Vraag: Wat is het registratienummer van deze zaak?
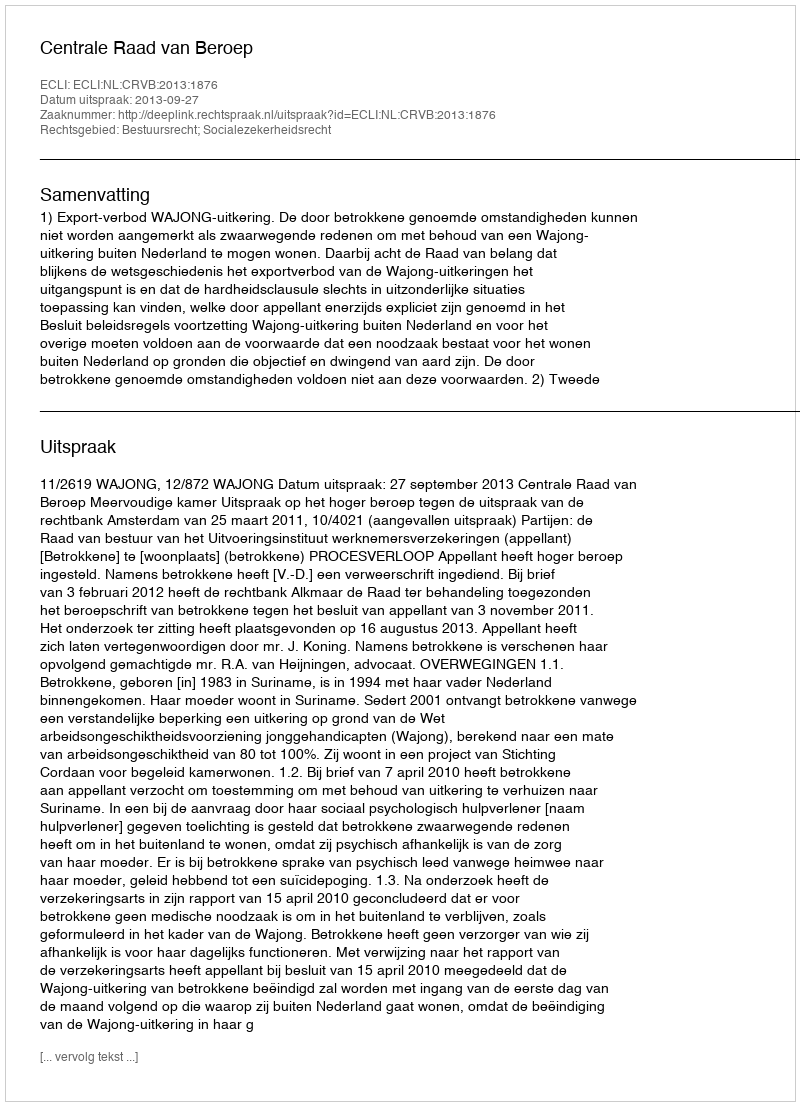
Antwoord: http://deeplink.rechtspraak.nl/uitspraak?id=ECLI:NL:CRVB:2013:1876